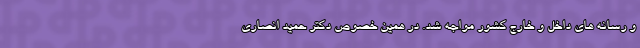
و رسانه های داخل و خارج کشور مواجه شد. در همین خصوص دکتر حمید انصاری